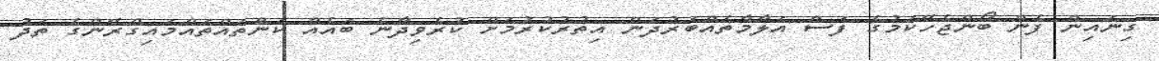
ގިނައިން ފެން ބޯންޖެހޭކަމުގެ ފަސް އަލާމާތެއްބަރުދަން އިތުރުކުރުމަށް ކުރެވިދާނެ ބައެއް ކަންތައްތައްމައިގްރޭންގެ ތަދު